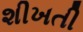
શીખતી